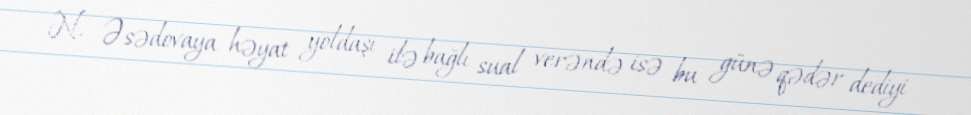
N. Əsədovaya həyat yoldaşı ilə bağlı sual verəndə isə bu günə qədər dediyi